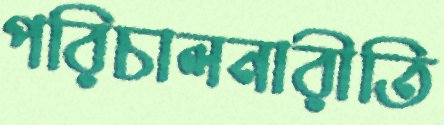
পরিচালনারীতি